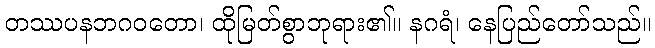
တဿပနဘဂဝတော၊ ထိုမြတ်စွာဘုရား၏။ နဂရံ၊ နေပြည်တော်သည်။